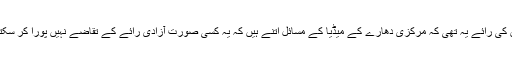
ان کی رائے یہ تھی کہ مرکزی دھارے کے میڈیا کے مسائل اتنے ہیں کہ یہ کسی صورت آزادی رائے کے تقاضے نہیں پورا کر سکتا۔